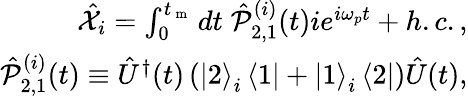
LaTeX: \begin{array}{r}{\hat{\mathcal X}_{i}=\int_{0}^{t_{\mathrm{~m~}}}dt\; \hat{\mathcal P}_{2,1}^{(i)}(t)ie^{i\omega_{p}t}+h.c.,}\\ {\hat{\mathcal P}_{2,1}^{(i)}(t)\equiv\hat{U}^{\dagger}(t)\left(\left|2\right>_{i}\left<1\right|+\left|1\right>_{i}\left<2\right|\right)\hat{U}(t),}\end{array}